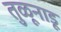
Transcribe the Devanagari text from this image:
तुळूनाडू